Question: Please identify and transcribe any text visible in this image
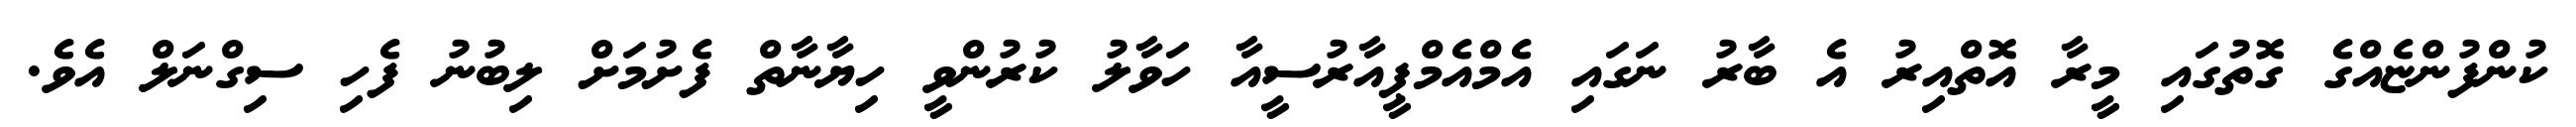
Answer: ކުންފުންޏެއްގެ ގޮތުގައި މީރާ އޮތްއިރު އެ ބާރު ނަގައި އެމްއެމްޕީއާރުސީއާ ހަވާލު ކުރުންވީ ހިޔާނާތް ފެށުމަށް ލިބުނު ފެހި ސިގްނަލް އެވެ.